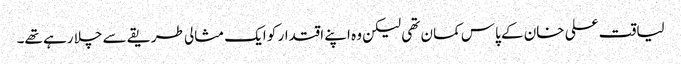
لیاقت علی خان کے پاس کمان تھی لیکن وہ اپنے اقتدار کو ایک مثالی طریقے سے چلا رہے تھے۔